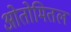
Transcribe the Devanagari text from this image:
ओतोमितल